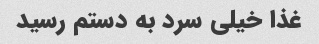
غذا خیلی سرد به دستم رسید